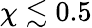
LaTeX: \chi\lesssim 0.5